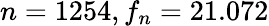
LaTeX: n=1254,f_{n}=21.072